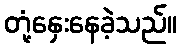
တုံ့နှေးနေခဲ့သည်။